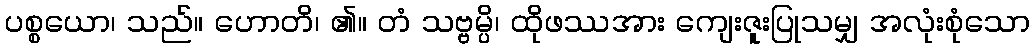
ပစ္စယော၊ သည်။ ဟောတိ၊ ၏။ တံ သဗ္ဗမ္ပိ၊ ထိုဖဿအား ကျေးဇူးပြုသမျှ အလုံးစုံသော